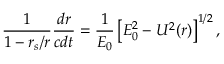
\frac { 1 } { 1 - r _ { s } / r } \frac { d r } { c d t } = \frac { 1 } { { \cal { E } } _ { 0 } } \left[ { \cal { E } } _ { 0 } ^ { 2 } - U ^ { 2 } ( r ) \right] ^ { 1 / 2 } ,